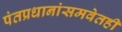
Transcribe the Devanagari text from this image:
पंतप्रधानांसमवेतही